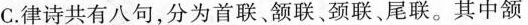
C.律诗共有八句，分为首联颔联颈联、尾联。其中颔